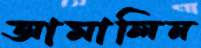
আমালিন